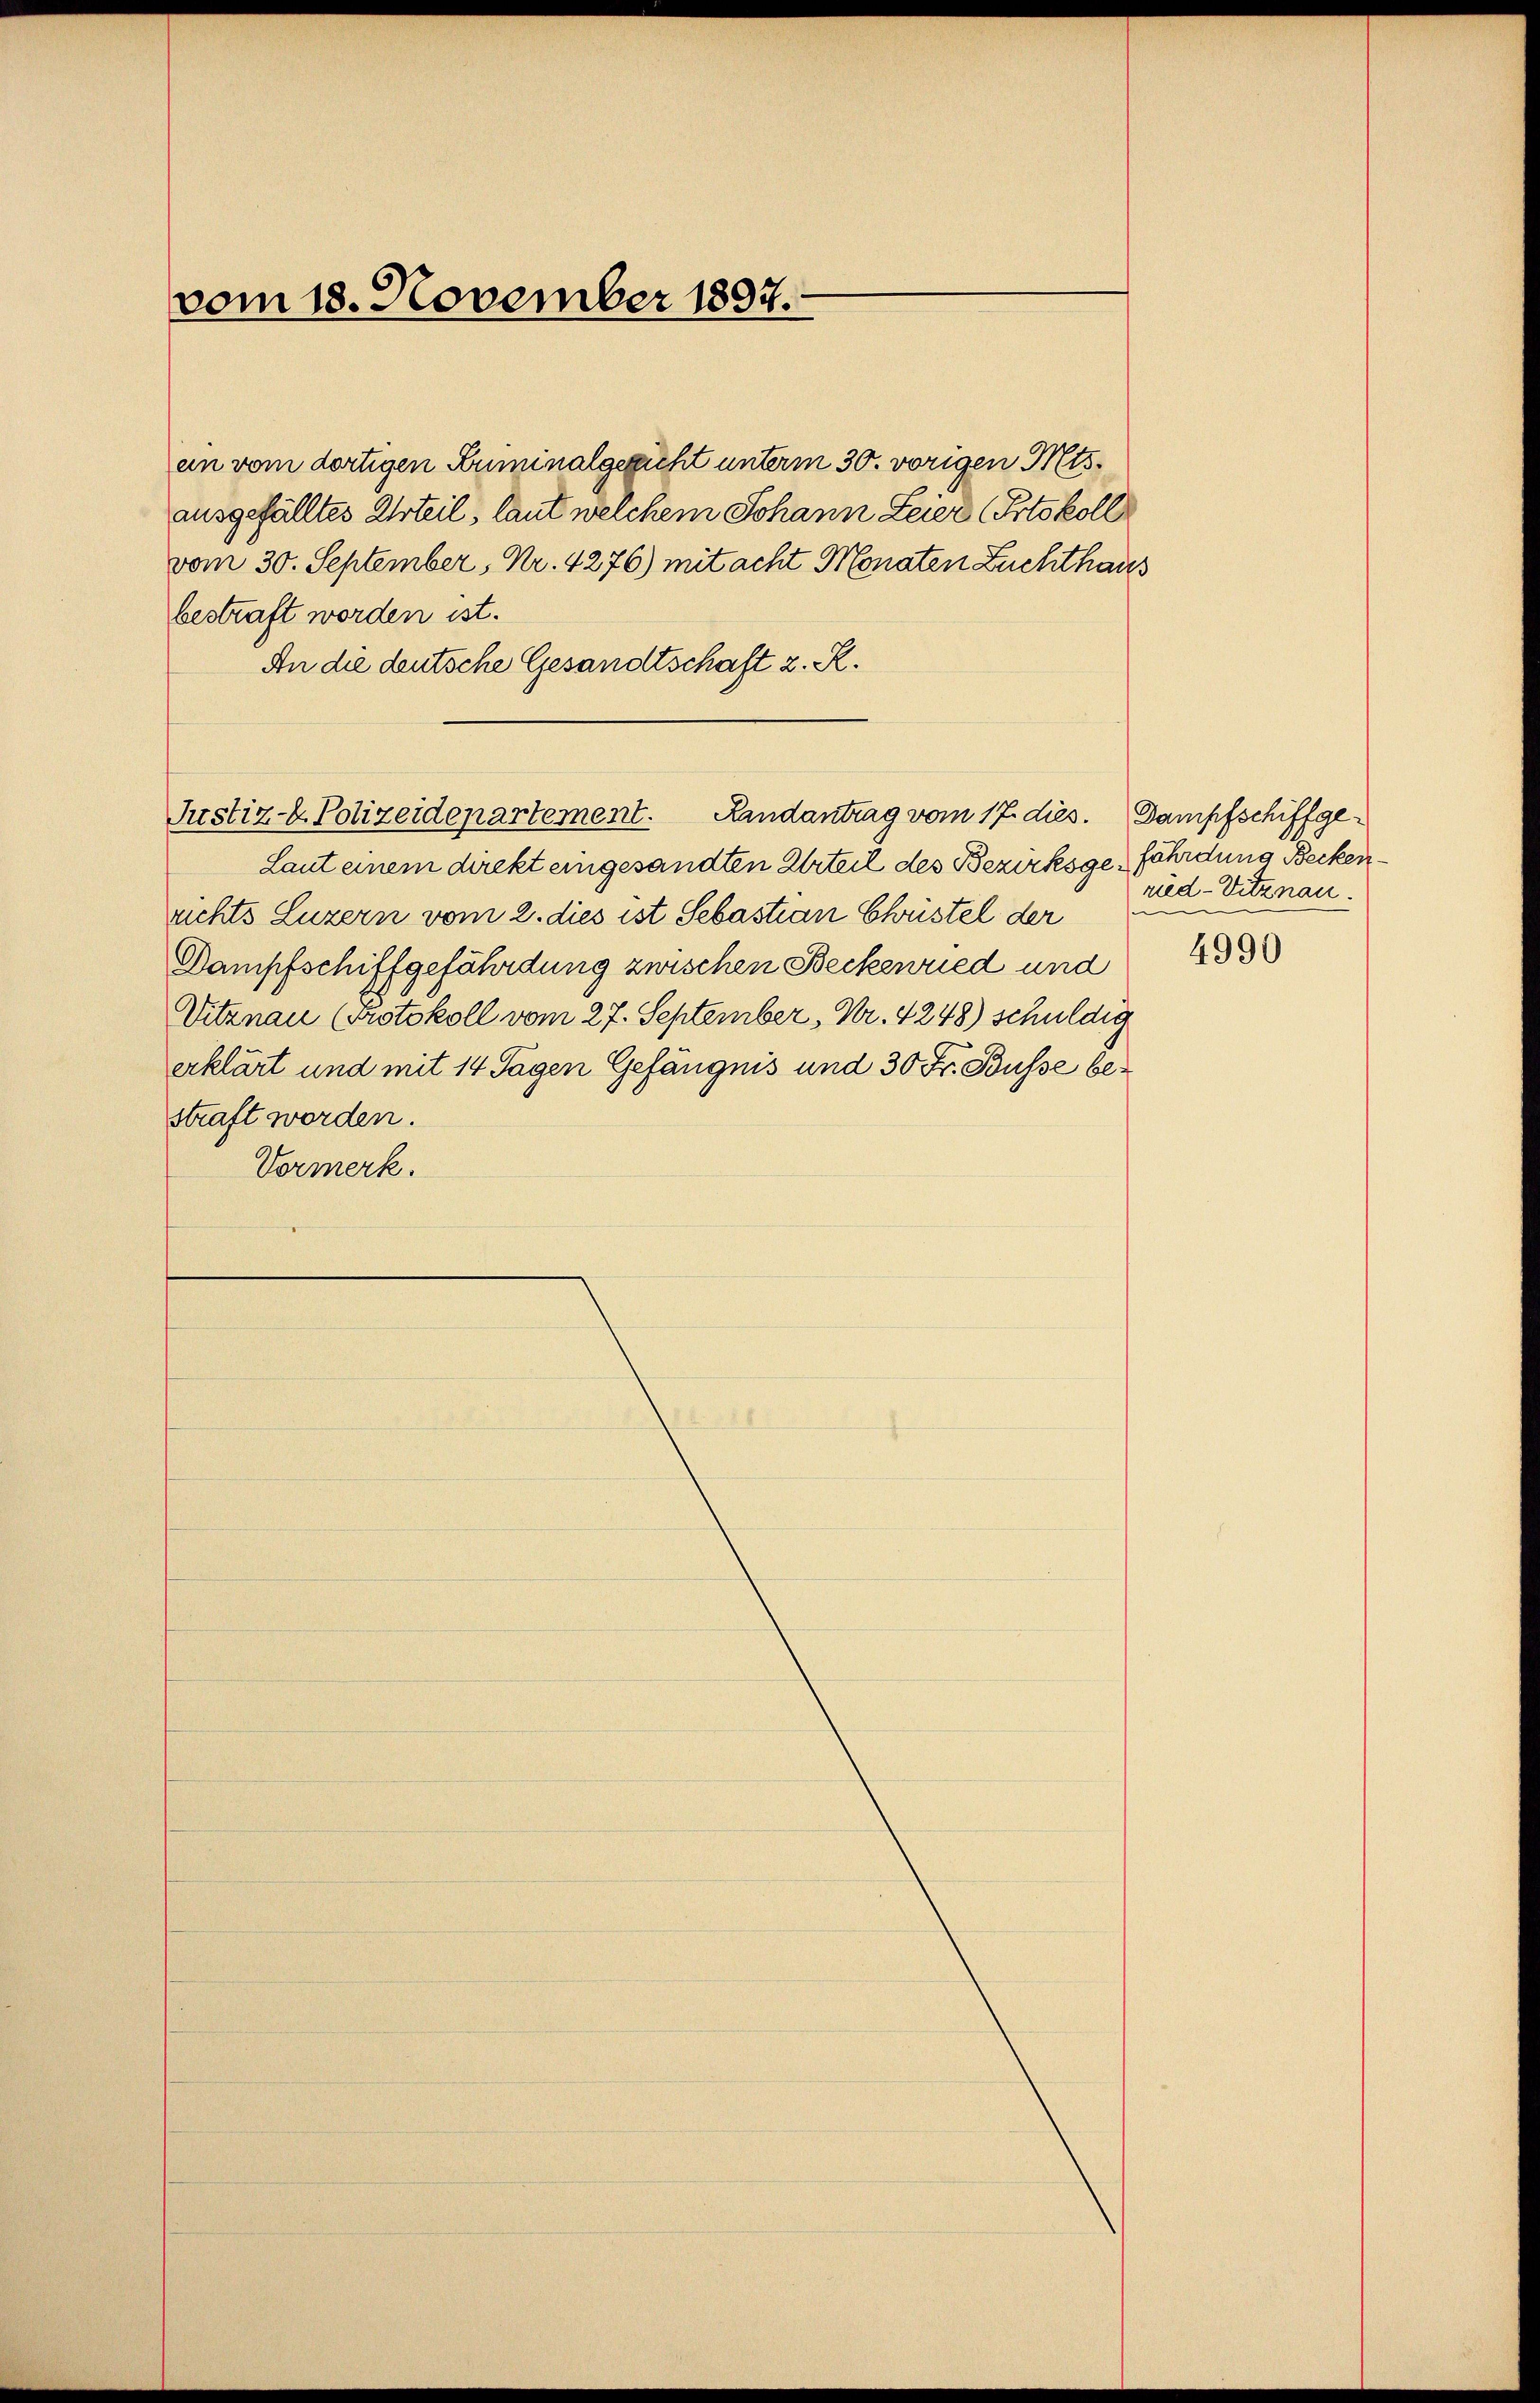
vom 18. November 1897.

bestraft worden ist.
An die deutsche Gesandtschaft z. R.

an vom dortigen Buminalgericht unterm 30. vorigen Mts.
ausgefälltes Urteil, laut welchem Johann Leier (Protokoll
vom 30. September, Nr. 4276) mit acht Monaten Zuchthaus

Laut einem direkt eingesandten Urteil des Bezirksgefährdung Beckenrichts Luzern vom 2. dies ist Sebastian Chustel der
Dampfschiffgefährdung zwischen Beckenried und
Vitznau (Protokoll vom 27. September, Nr. 4248) schuldig
erklärt und mit 14 Tagen Gefängnis und 30 Fr. Busse bestraft worden.
Vormerk.

Justiz- & Polizeidepartement. Landantrag vom 17. dies. Dampfschiffge¬

ried-Vitznau.
4990